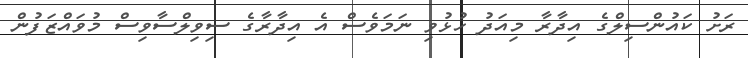
ރަށު ކައުންސިލްގެ އިދާރާ މިއަދު ހުޅުވި ނަމަވެސް އެ އިދާރާގެ ސިވިލްސާވިސް މުވައްޒަފުން